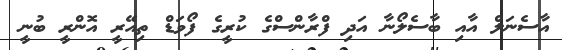
އާސެނަލް އާއި ބާސެލޯނާ އަދި ފްރާންސްގެ ކުރީގެ ފޯވަޑް ތިއޭރީ އޮންރީ ބުނީ